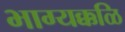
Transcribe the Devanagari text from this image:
भाग्यक्कळि